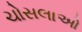
ચોસલાઓ